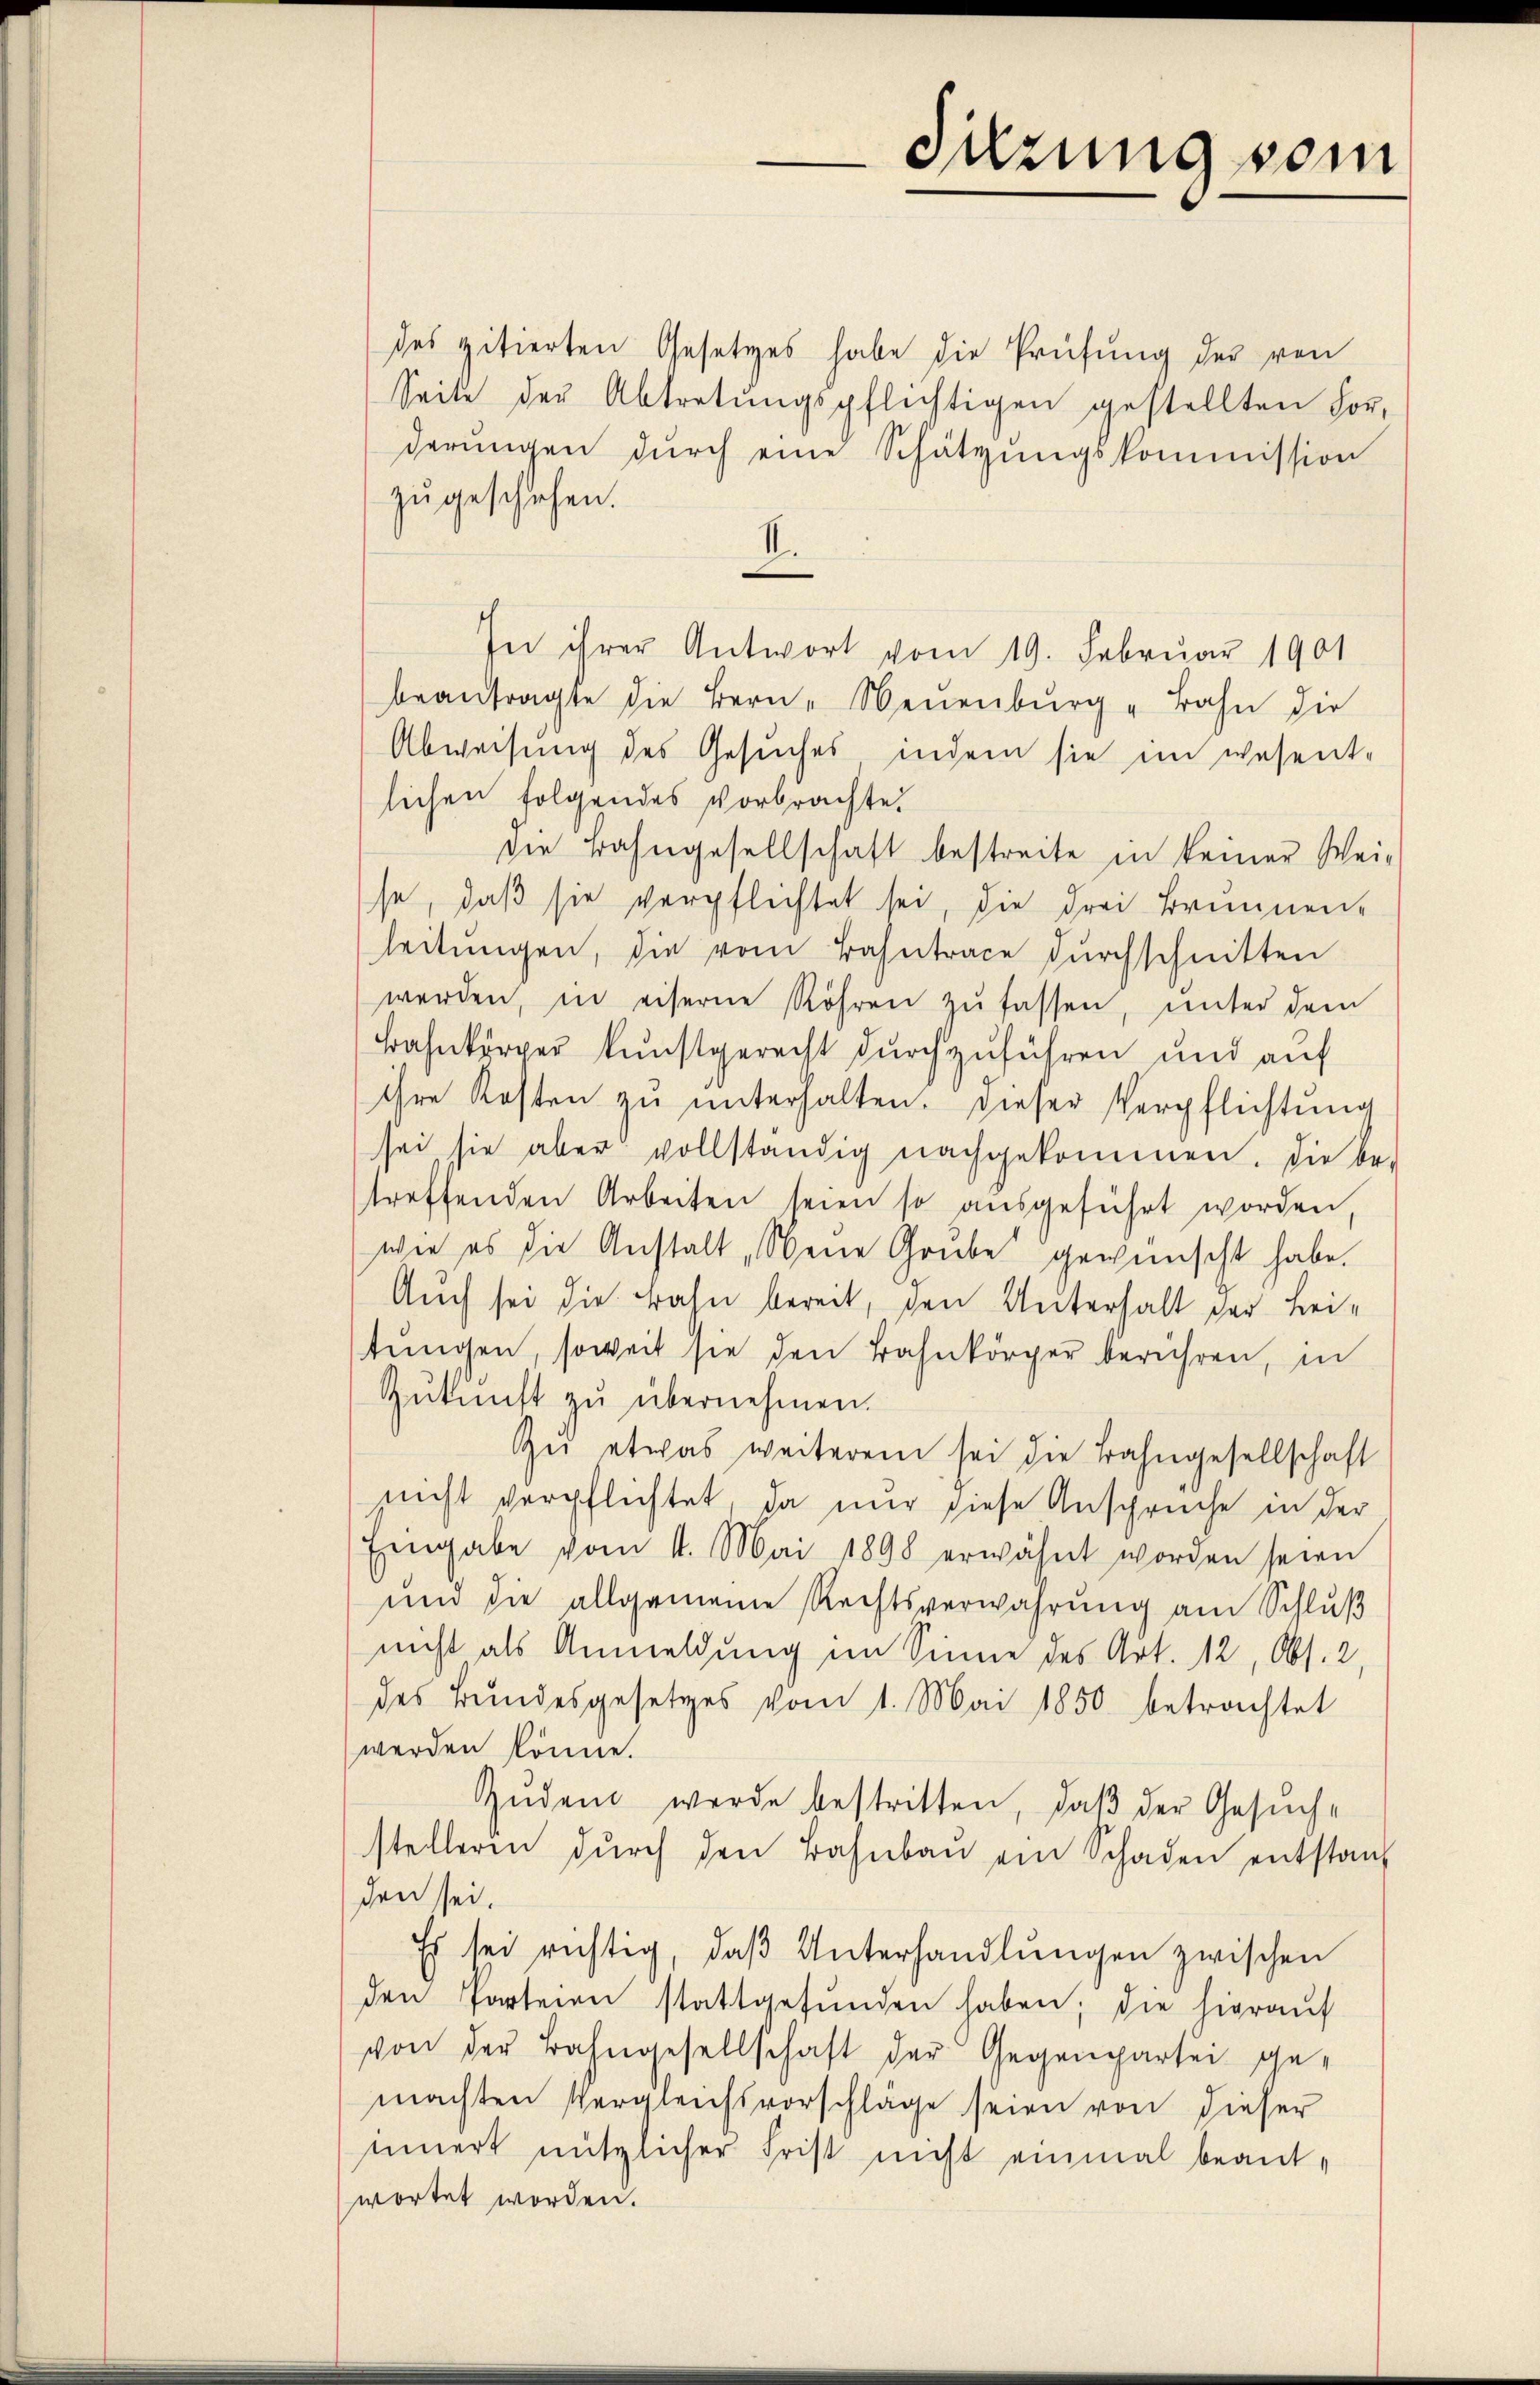
des zitierten Gesetzes habe die Prüfung der von
Seite der Abtretungspflichtigen gestellten Forderŭngen dŭrch eine Schätzungskommission
zugeschehen.
.
.
In ihrer Antwort vom 19. Februar 1901
beantragte die Bern, Neuenburg - Bahn die
Abweisung des Gesuches indem sie im wesent-
lichen folgendes Vorbrachte.
die Bahngesellschaft bestreite in keiner Weise, daß sie verpflichtet sei, die drei Brunnen-
leitŭngen, die vom Bahntrace durchschnitten
werden, in eiserne Röhren zŭ fassen, unter dem
Bahnkörper kunstgerecht durchzuführen und auf
ihre Kosten zu unterhalten. Dieser Verpflichtung
sei sie aber vollständig nachgekommen. Die be-
treffenden Arbeiten seien so ausgeführt worden
wie es die Anstalt Neue Grube gewünscht habe.
Auch sei die Bahn bereit, den Unterhalt der Leitungen, soweit sie den Bahnkörper berühren, in
Zŭkŭnft zŭ übernehmen.
Zei etwas weiterem sei die Bahngesellschaft
nicht verpflichtet, da nur diese Ansprüche in der
Eingabe vom 11. Mai 1898 erwähnt worden seien
und die allgemeine Rechtsverwahrung am Schluß
nicht als Anmeldung im Sinne des Art. 12, Abs. 2,
des Bŭndesgesetzes vom 1. Mai 1850 betrachtet
werden könne.
Zŭdem werde bestritten, daβ der Gesŭch-
stelleren dŭrch den Bahnbau ein Schaden entstanz
den sei.
Es sei richtig, daβ Unterhandlŭngen zwischen
den Parteien stattgefŭnden haben; die hierauf
von der Bahngesellschaft der Gegenpartei gemachten Vergleichsvorschläge seien von dieser
innert nützlicher Frist nicht einmal beantwortet worden.

Sitzung vom